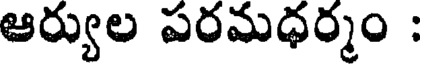
ఆర్యుల పరమధర్మం :